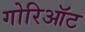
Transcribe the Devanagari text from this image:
गोरिऑट